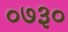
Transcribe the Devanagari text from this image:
०७३०